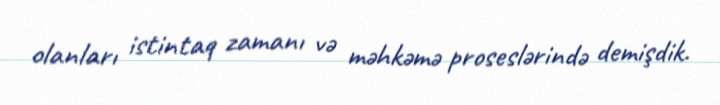
olanları istintaq zamanı və məhkəmə proseslərində demişdik.